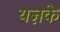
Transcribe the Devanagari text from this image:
यज्ञके